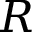
R